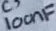
Text: 100nF